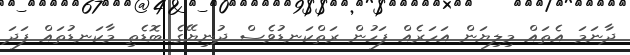
ދާނަމަ އެތައް މިލިޔަން އަހަރެއް ފަހުން ރަތްކަނޑުވެސް ދުނިޔޭގެ ބޮޑެތި މާކަނޑުތައް ފަދަ